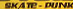
SKATE PUNK